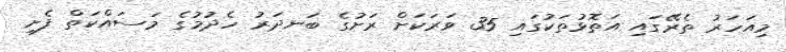
މިއަހަރު ތެރޭގައި އަތޮޅުތަކުގައި 35 ވަރަކަށް ރަށުގެ ބަނދަރު ހެދުމުގެ މަސައްކަތް ފެށި